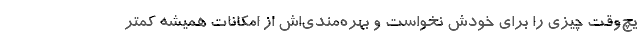
یچ‌وقت چیزی را برای خودش نخواست و بهره‌مندی‌اش از امکانات همیشه کمتر